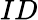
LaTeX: ID